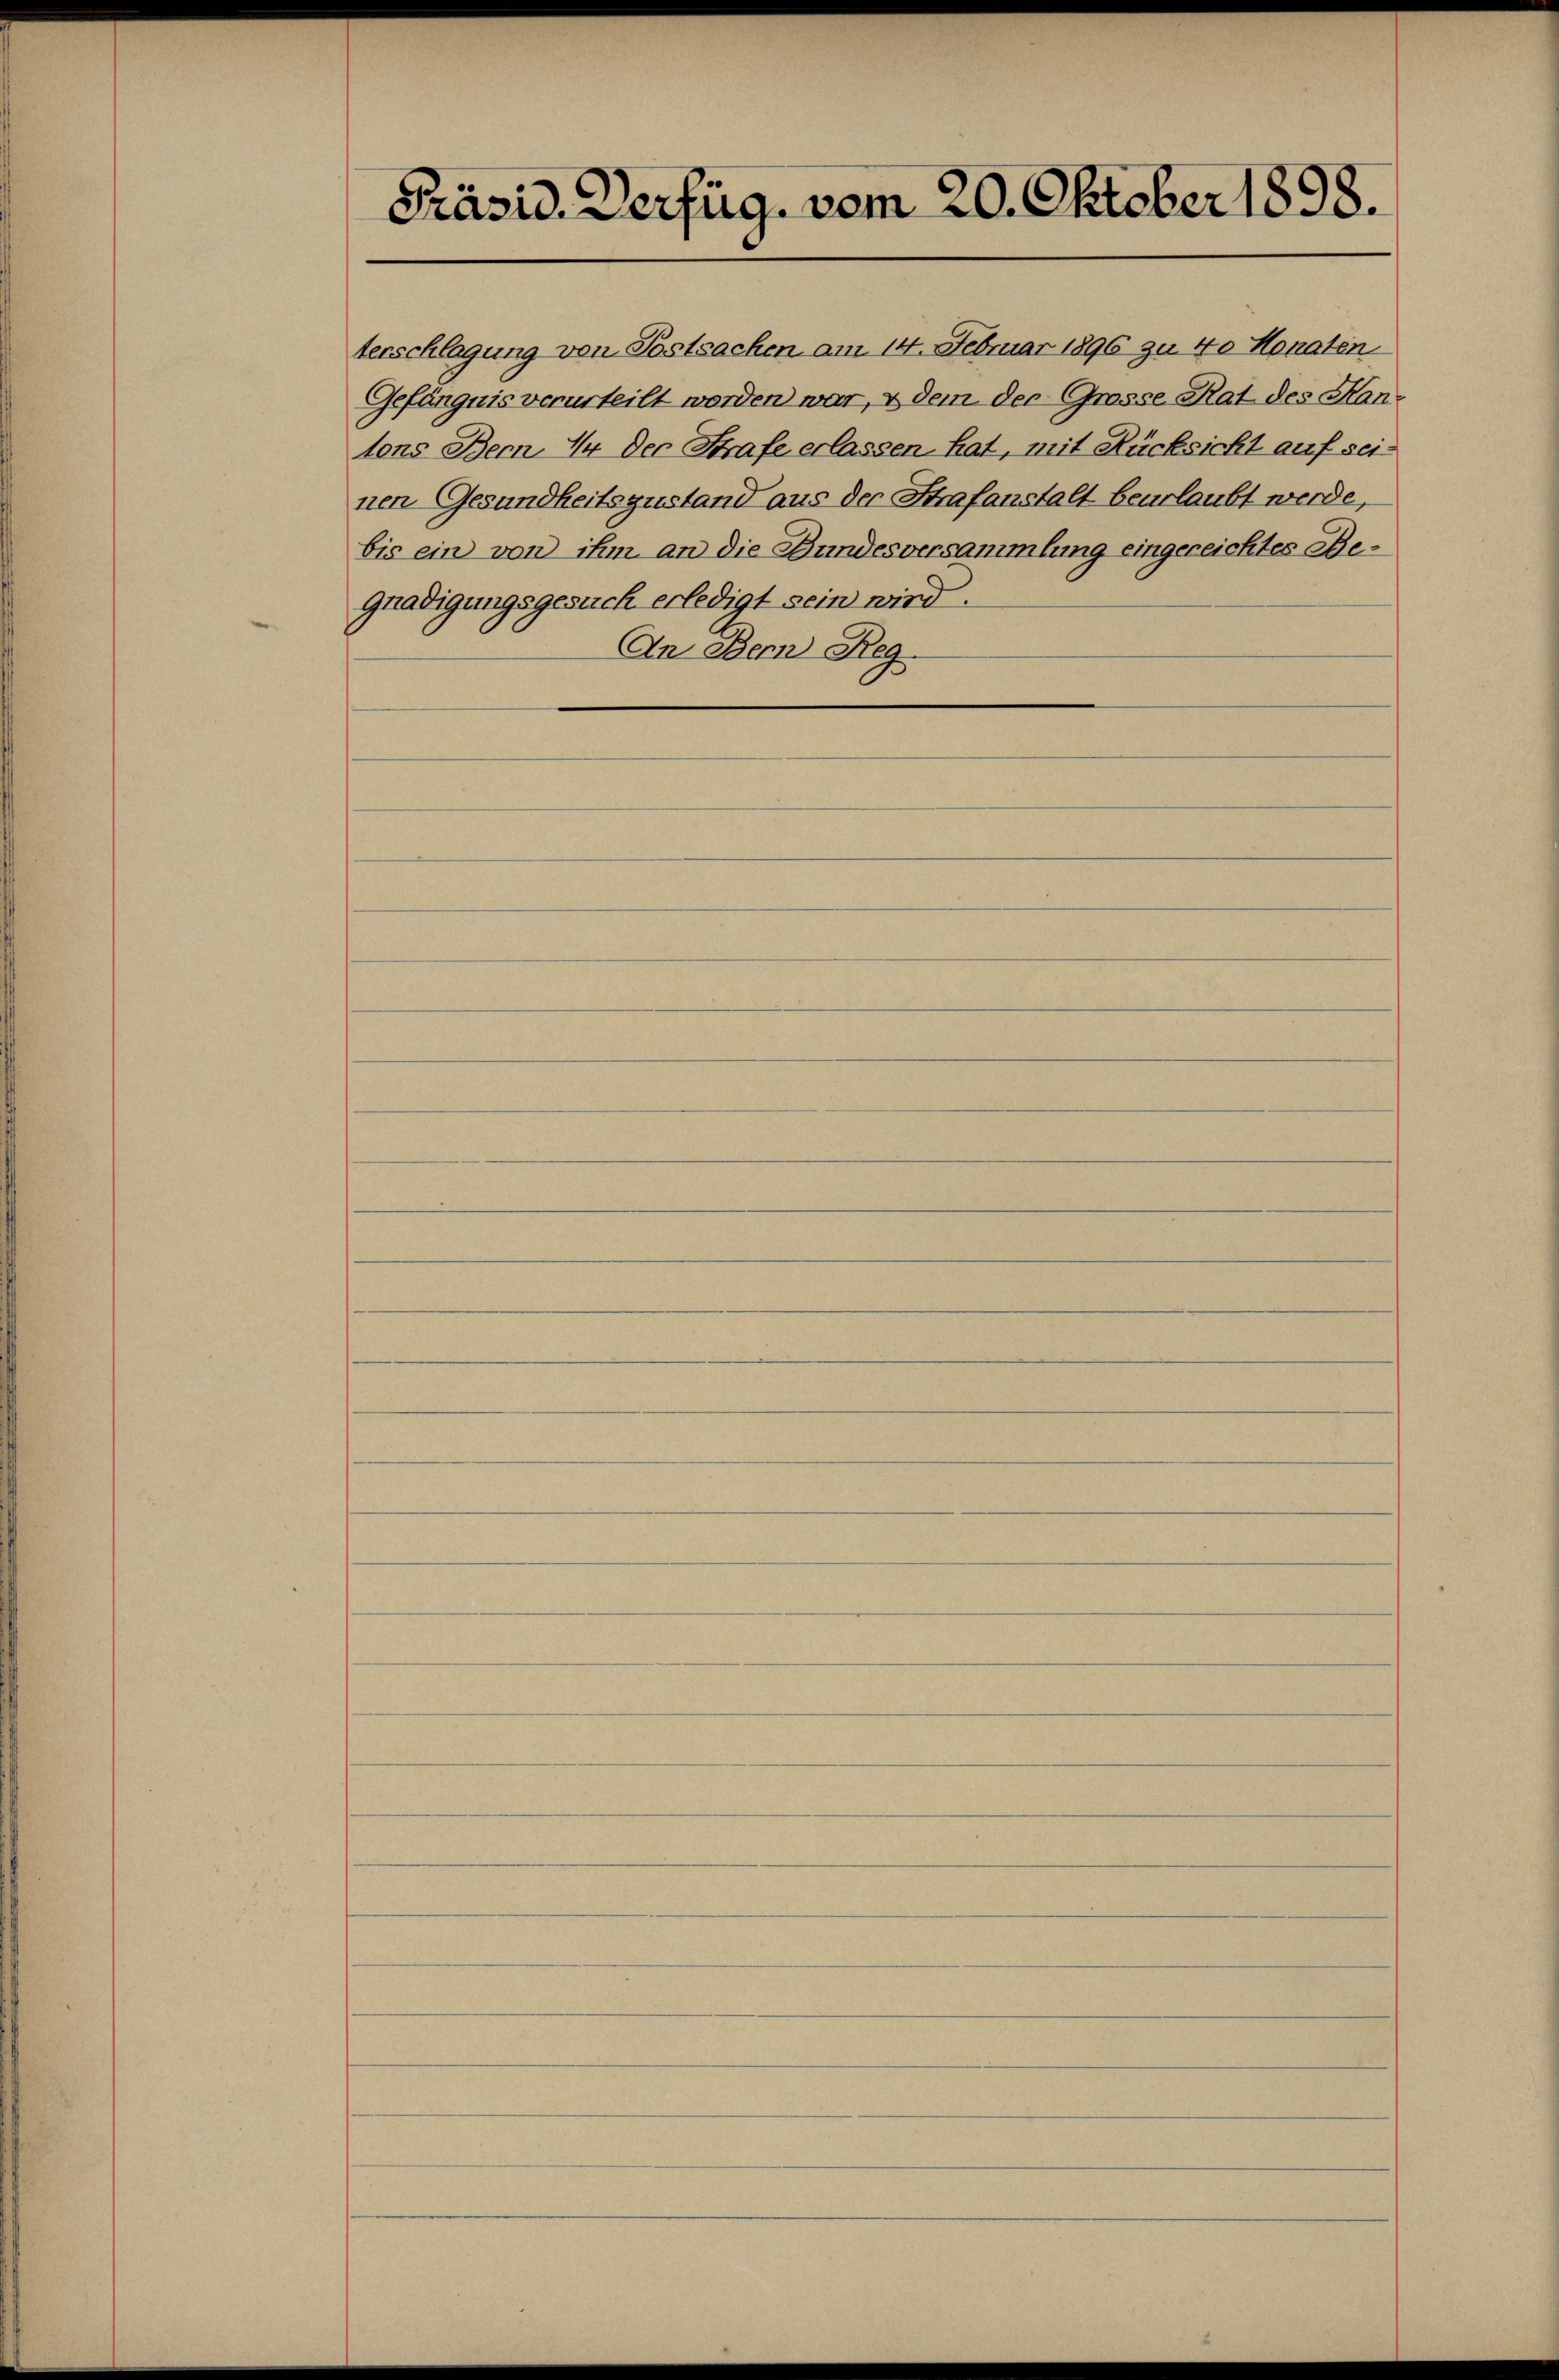
Präsid. Verfüg, vom 20. Oktober 1898.

terschlagung von Postsachen am 14. Februar 1896 zu 40 Monaten
Gefängnis verurteilt worden war, u dem der Grosse Rat des Hantons Bern. In der Strafe erlassen hat, mit Rücksicht auf seinen Gesundheitszustand aus der Strafanstalt beurlaubt werde,
bis ein von ihm an die Bundesversammlung eingereichtes Be¬
Gnadigungsgesuch erledigt sein wird.
An Bern Reg.